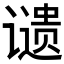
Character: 𬤦